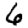
Digit: 6